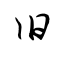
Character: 旧